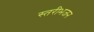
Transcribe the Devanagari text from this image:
स्तरीभजन